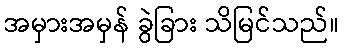
အမှားအမှန် ခွဲခြား သိမြင်သည်။